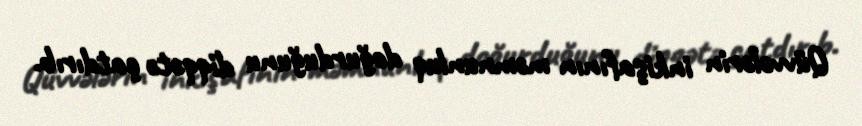
Qüvvələrin inkişafının məmnunluq doğurduğunu diqqətə çatdırıb.